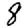
Digit: 8